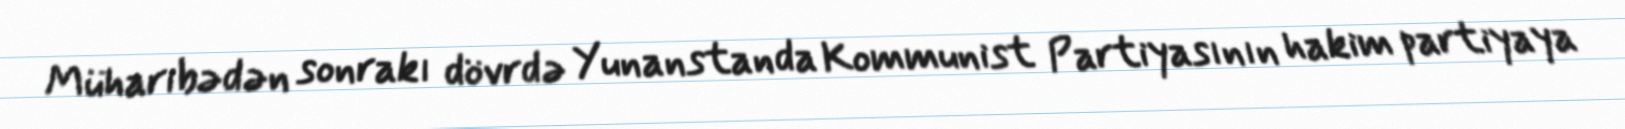
Müharibədən sonrakı dövrdə Yunanstanda Kommunist Partiyasının hakim partiyaya